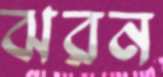
ঝরন